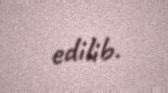
edilib.